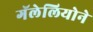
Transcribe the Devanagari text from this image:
गॅलेलियोने